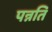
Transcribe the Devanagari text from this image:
पन्नति